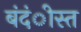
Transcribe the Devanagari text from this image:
बंदंीस्त